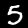
Label: 5